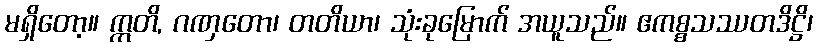
မရှိတော့။ ဣတိ, ဂဏှတော၊ တတိယာ၊ သုံးခုမြောက် အယူသည်။ ဧကစ္စသဿတဒိဋ္ဌိ၊